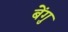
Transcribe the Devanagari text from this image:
बेंगु